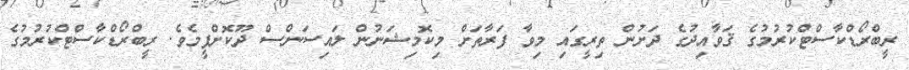
ރީބްރޯޑްކާސްޓްކުރުމުގެ ޤަވާއިދުގެ ދަށުން ތިރީގައި މިވާ ފަރާތަށް މިކޮމިޝަނުން ލައިސަންސް ދޫކޮށްފީމެވެ. ރީބްރޯޑްކާސްޓްކުރުމުގެ